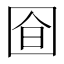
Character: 𭍞